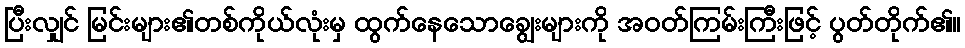
ပြီးလျှင် မြင်းများ၏တစ်ကိုယ်လုံးမှ ထွက်နေသောချွေးများကို အဝတ်ကြမ်းကြီးဖြင့် ပွတ်တိုက်၏။